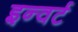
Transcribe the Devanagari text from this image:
इन्वर्ट